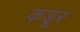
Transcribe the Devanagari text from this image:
कडूर